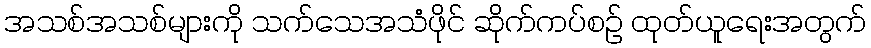
အသစ်အသစ်များကို သက်သေအသံဖိုင် ဆိုက်ကပ်စဉ် ထုတ်ယူရေးအတွက်